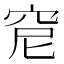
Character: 𥥕